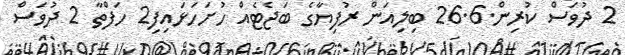
2 ދުވަސް ކުރިން.26.6 ބިލިއަން ރުފިޔާގެ ބަޖެޓެއް ހުށަހަޅައިފި2 ހަފްތާ 2 ދުވަސް